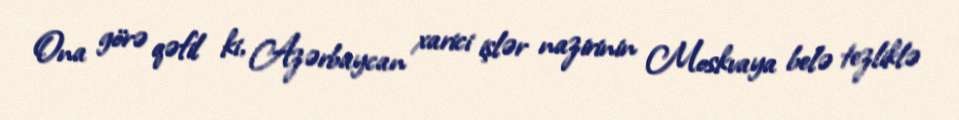
Ona görə qəfil ki, Azərbaycan xarici işlər nazirinin Moskvaya belə tezliklə